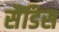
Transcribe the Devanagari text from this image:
सैंडिस